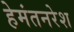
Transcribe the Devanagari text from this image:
हेमंतनरेश